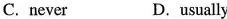
C. never D. usually